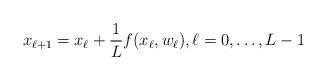
LaTeX: \begin{align*}x_{\ell+1} = x_\ell + \frac{1}{L}f(x_\ell,w_\ell), \ell = 0, \ldots, L-1\end{align*}